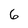
Character: 6